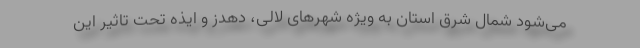
می‌شود شمال شرق استان به ویژه شهرهای لالی، دهدز و ایذه تحت تاثیر این